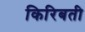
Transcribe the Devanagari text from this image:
किरिबती